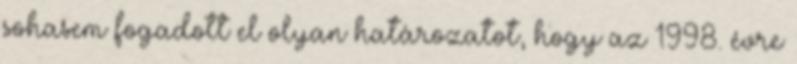
sohasem fogadott el olyan határozatot, hogy az 1998. évre